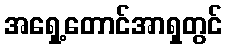
အရှေ့တောင်အာရှတွင်